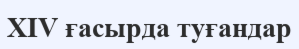
XIV ғасырда туғандар